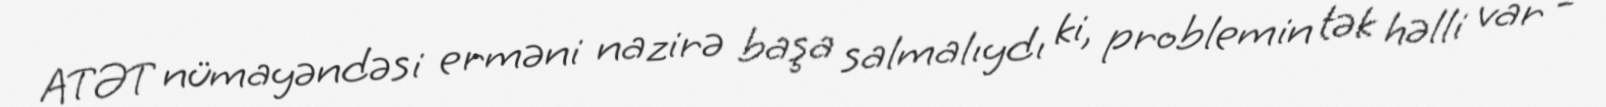
ATƏT nümayəndəsi erməni nazirə başa salmalıydı ki, problemin tək həlli var -